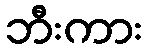
ဘီးကား